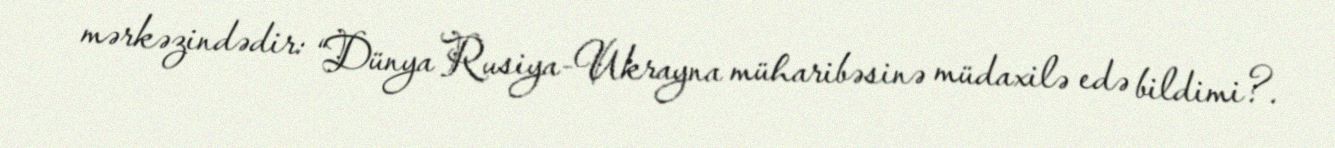
mərkəzindədir: “Dünya Rusiya-Ukrayna müharibəsinə müdaxilə edə bildimi?.